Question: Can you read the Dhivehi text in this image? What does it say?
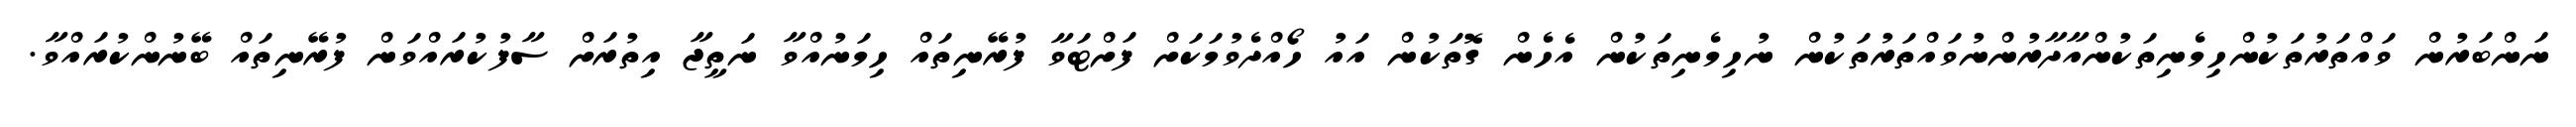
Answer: ނަންބަރުން ވައްތަރުތަކުންހިމެނިތަކުންއާދާރުންނުވައްތަރުތަކުން ނުހިމެނިތަކުން އެހެން ގޮތަކުން އައު ހޯއްދެވުމަކަށް ފަށްޓަވާ ފުރޭނިތައް ހިމަނުއްވާ ނަތީޖާ އިތުރަށް ސާފުކުރައްވަން ފުރޭނިތައް ބޭނުންކުރައްވާ.